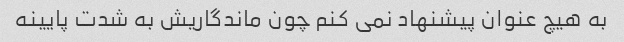
به هیچ عنوان پیشنهاد نمی کنم چون ماندگاریش به شدت پایینه